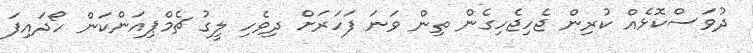
ދުވަސްކޮޅެއް ކުރިން ޖެހިޖެހިގެން ތިން ވަނަ ފަހަރަށް ދިވެހި ލީގު ޗެމްޕިއަންކަން ހޯދައިފަ